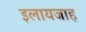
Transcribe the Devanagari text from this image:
इलायजाह